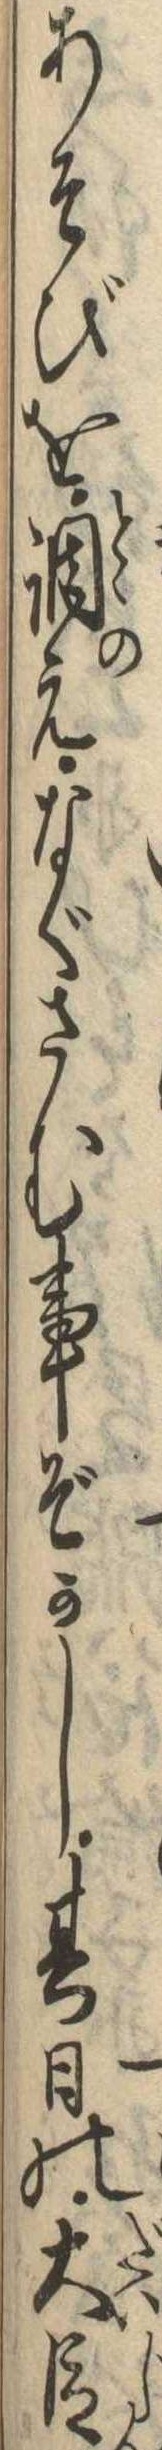
あそびを調えなぐさむ事ぞかし其日の大臣